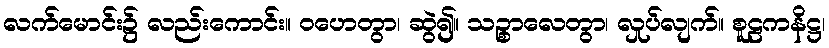
လက်မောင်း၌ လည်းကောင်း။ ဝဟေတွာ၊ ဆွဲ၍။ သဉ္စာလေတွာ၊ လှုပ်လျက်။ စူဠကနိဋ္ဌ၊